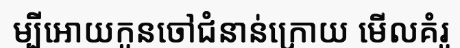
ម្បីអោយកូនចៅជំនាន់ក្រោយ មើលគំរូ